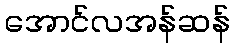
အောင်လအန်ဆန်